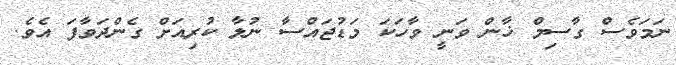
ނަމަވެސް ގާސިމް ޚާން ވަނީ ވާހަކަ މަޑުޖައްސާ ނުލާ ކުރިއަށް ގެންދަވާފަ އެވެ.